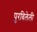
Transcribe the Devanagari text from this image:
पुरविलेली